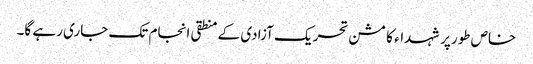
خاص طورپر شہداء کا مشن تحریک آزادی کے منطقی انجام تک جاری رہے گا۔